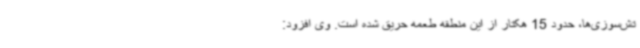
تش‌سوزی‌ها، حدود 15 هکتار از این منطقه طعمه حریق شده است. وی افزود: